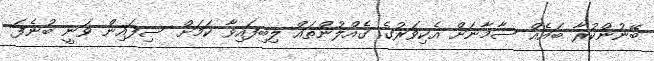
ބޭނުންކުރާ ބައެއް ސާމާނަށް އެކިވަރުގެ ގެއްލުންތައް ލިބިފައިވާ ކަމަށް ސިފައިން ވަނީ ބުނެފަ